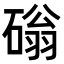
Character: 𥕀